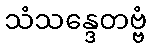
သံသန္ဒေတဗ္ဗံ